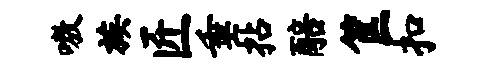
嗷族匠垂拈醅筐扣